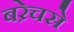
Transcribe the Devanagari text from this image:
बऱेचसे